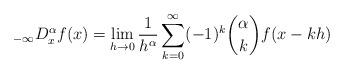
LaTeX: \begin{align*} \;_{-\infty} D_x^\alpha f(x) = \lim_{h \rightarrow 0} \frac{1}{h^\alpha } \sum_{k=0}^\infty (-1)^k \binom{\alpha}{k} f(x-kh)\end{align*}